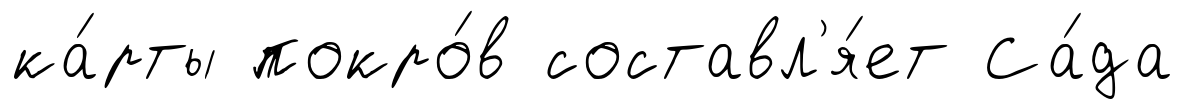
ка́рты покро́в составл'я́ет Са́да